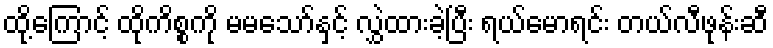
ထို့ကြောင့် ထိုကိစ္စကို မမသော်နှင့် လွှဲထားခဲ့ပြီး ရယ်မောရင်း တယ်လီဖုန်းဆီ